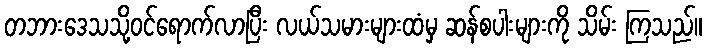
တဘားဒေသသို့ဝင်ရောက်လာပြီး လယ်သမားများထံမှ ဆန်စပါးများကို သိမ်း ကြသည်။